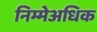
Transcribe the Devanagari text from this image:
निम्मेअधिक